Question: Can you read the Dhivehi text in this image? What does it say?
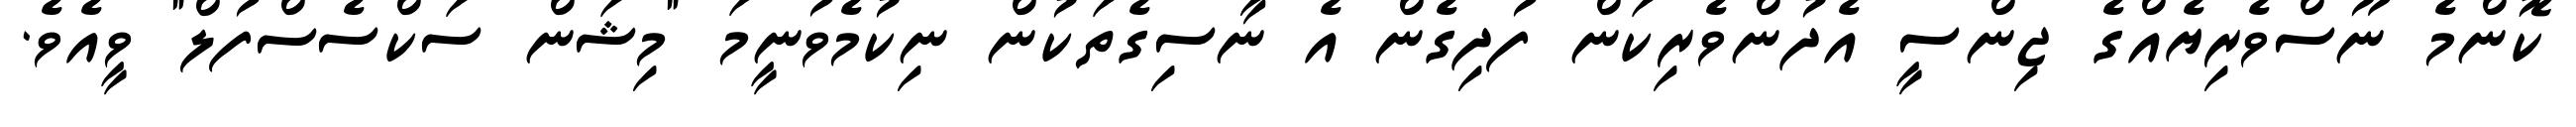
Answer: ކޮންމެ ނޫސްވެރިޔެއްގެ ޖިންސީ އެދުންވެރިކަން ފުދިގެން އެ ނާސިގެތަކުން ނިކުމެވުނީމަ "މިޝަން ސަކްސެސްފުލް" ވީއެވެ.